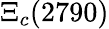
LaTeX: \Xi_{c}(2790)